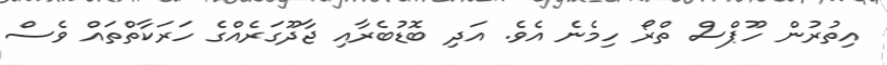
އިތުރުން ހޫޕްސް ތްރޯ ހިމެނެ އެވެ. އަދި ބޮޑުބެރާއި ޖާދޫގަރެއްގެ ހަރަކާތްތައް ވެސް